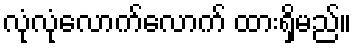
လုံလုံလောက်လောက် ထားရှိမည်။